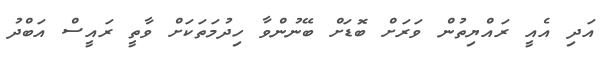
އަދި އެއީ ރައްޔިތުން ވަރަށް ބޮޑަށް ބޭނުންވާ ހިދުމަތަކަށް ވާތީ ރައީސް އަބްދު